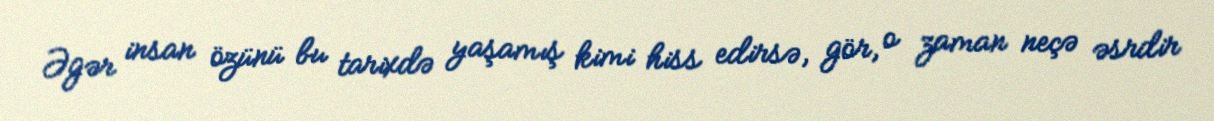
Əgər insan özünü bu tarixdə yaşamış kimi hiss edirsə, gör, o zaman neçə əsrdir